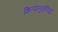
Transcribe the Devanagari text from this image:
शिल्पानुकृतियाँ